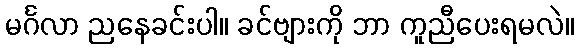
မင်္ဂလာ ညနေခင်းပါ။ ခင်ဗျားကို ဘာ ကူညီပေးရမလဲ။